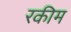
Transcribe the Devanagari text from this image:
रकीम